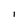
Character: I